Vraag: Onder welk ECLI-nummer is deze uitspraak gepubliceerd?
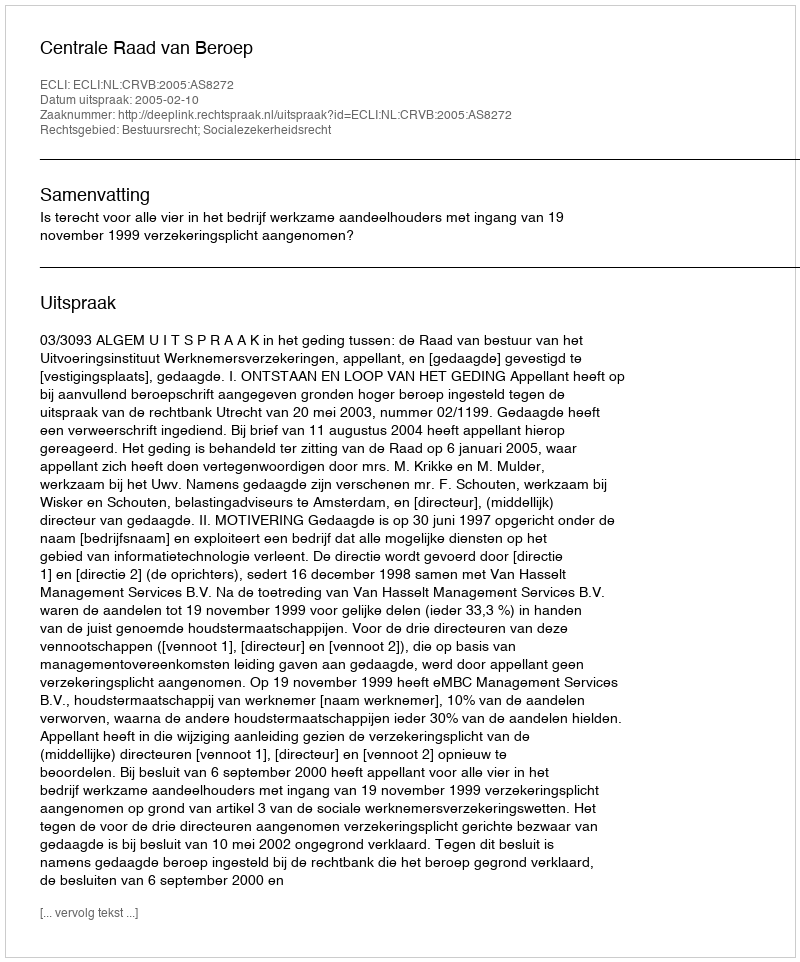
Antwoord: ECLI:NL:CRVB:2005:AS8272